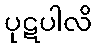
ပုဋပါလိ